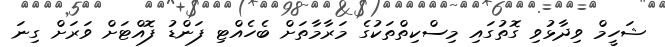
ޝަހީމް ވިދާޅުވި ގޮތުގައި މިސްކިތްތަކުގެ މަރާމާތަށް ބެހެއްޓި ފަންޑު ފޮއްޓަށް ވަރަށް ގިނަ